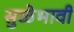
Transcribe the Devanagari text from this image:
सुळेभावी